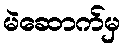
မဲဆောက်မှ